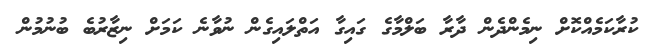
ކުރާކަމެއްކޮށް ނިމެންދެން ދާރާ ބަލްމާގެ ގައިގާ އަތްލައިގެން ނުވާނެ ކަމަށް ނިޒާރުބެ ބުނުމުން